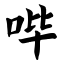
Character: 哔